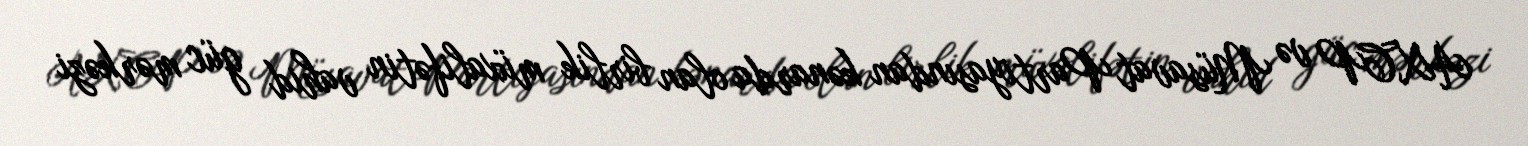
AXCP və Müsavat Partiyasından kənarda olan birlik müxalifətin vahid güc mərkəzi